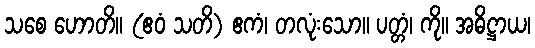
သစေ ဟောတိ။ (ဧဝံ သတိ) ဧကံ၊ တလုံးသော။ ပတ္တံ၊ ကို။ အဓိဋ္ဌာယ၊